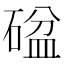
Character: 𥔞